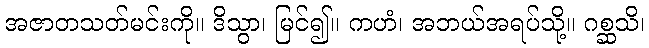
အဇာတသတ်မင်းကို။ ဒိသွာ၊ မြင်၍။ ကဟံ၊ အဘယ်အရပ်သို့။ ဂစ္ဆသိ၊